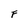
Character: F